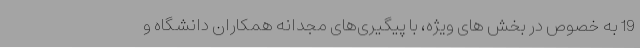
19 به خصوص در بخش های ویژه، با پیگیری‌های مجدانه همکاران دانشگاه و